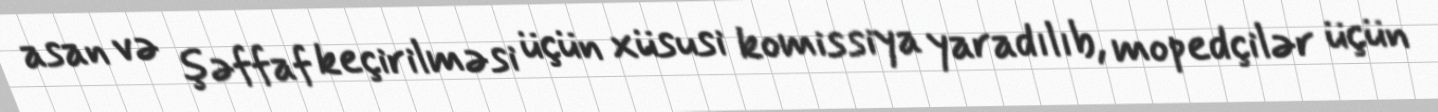
asan və şəffaf keçirilməsi üçün xüsusi komissiya yaradılıb, mopedçilər üçün